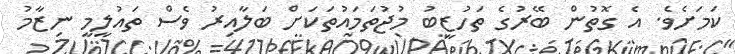
ކަމަށެވެ. އެ ގޮތުން ބޭރުގެ ތަހުޒީބު މުޖުތަމައުތަކަށް ބަލާއިރު ވެސް ތައުލީމީ ނިޒާމު